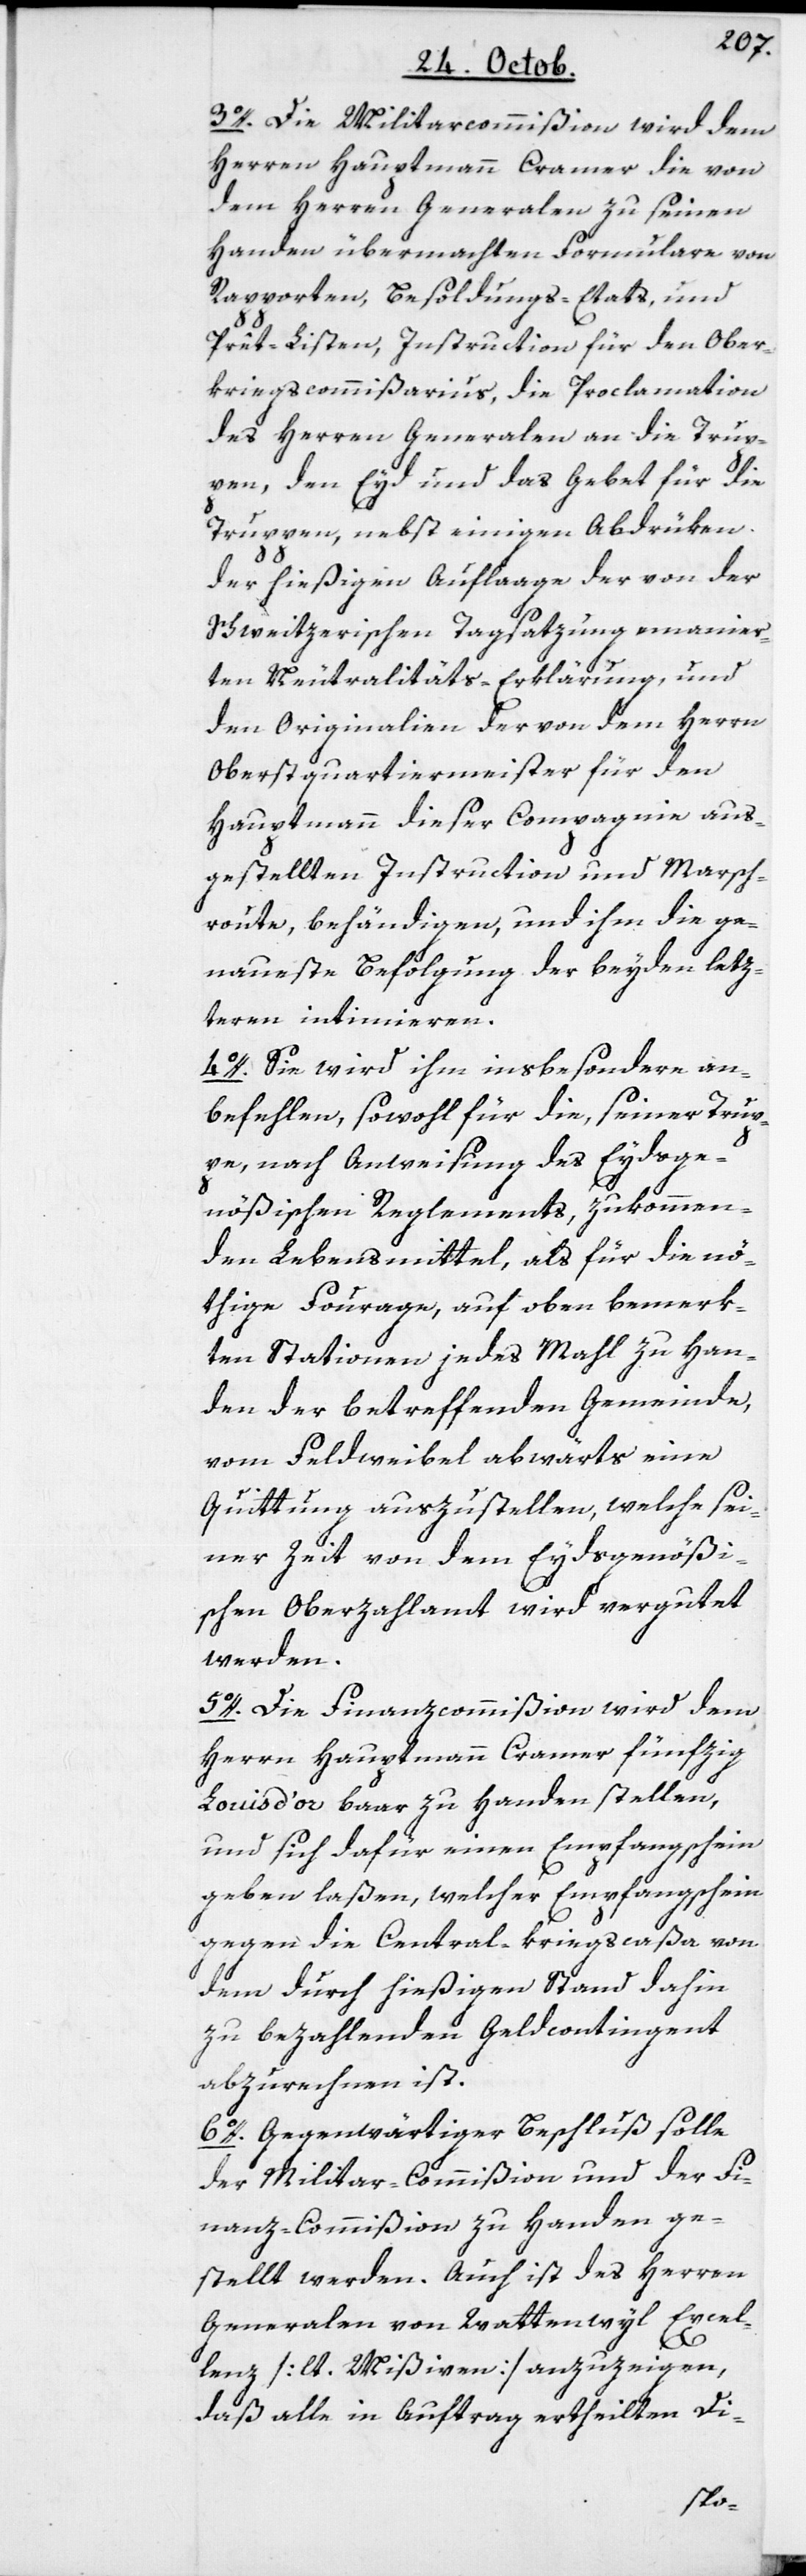
3o. Die Militarcommißion wird dem
Herren Hauptmann Cramer die von
dem Herren Generalen zu seinen
Handen übermachten Formulare von
Rapporten, Besoldungs-Etats, und
Prêt-Listen, Instruction für den Ober¬
kriegscommißarius, die Proclamation
des Herren Generalen an die Trup¬
pen, den Eyd und das Gebet für die
Truppen, nebst einigen Abdrüken
der hießigen Auflaage der von der
Schweitzerischen Tagsatzung emanier¬
ten Neutralitäts-Erklärung, und
den Originalien der von dem Herrn
Oberstquartiermeister für den
Hauptmann dieser Copmagnie aus¬
gestellten Instruction und Marsch¬
route behändigen, und ihm die ge¬
naueste Befolgung der beyden letz¬
teren intimieren.
4o. Sie wird ihm insbesondere an¬
befehlen, sowohl für die, seiner Trup¬
pe nach Anweisung des Eydsge¬
nößischen Reglements, zukommen¬
den Lebensmittel, als für die nö¬
thige Fourage, auf oben bemerk¬
ten Stationen jedes Mahl zu Han¬
den der betreffenden Gemeinde,
vom Feldweibel abwärts eine
Quittung auszustellen, welche sei¬
ner Zeit von dem Eydsgenößi¬
schen Oberzahlamt wird vergutet
werden.
5. Die Finanzcommißion wird dem
Herrn Hauptmann Cramer fünfzig
Louis d’or baar zu Handen stellen,
und sich dafür einen Empfangsschein
geben laßen, welcher Empfangsschein
gegen die Central-kriegscaßa von
dem durch hießigen Stand dahin
zu bezahlenden Geldcontingent
abzurechnen ist.
6. Gegenwärtiger Beschluß solle
der Militar-Commißion und der Fi¬
nanz-Commißion zu Handen ge¬
stellt werden. Auch ist des Herren
Generalen von Wattenwyl Excel¬
lenz [lt. Mißiven] anzuzeigen,
daß alle in Auftrag ertheilten Di-